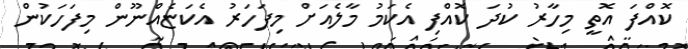
ކޮއްފަ އޮތީ މިހާރު ކުދަ ކޮއްފި އެކަމު މާލެއަށް މިފަހަރު އެކަޏެއްނޫން މިފަހަކުން